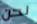
نحن